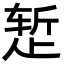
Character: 𬆂